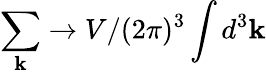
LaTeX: \sum_{\mathbf{k}}\rightarrow V/(2\pi)^{3}\int d^{3}\mathbf{k}